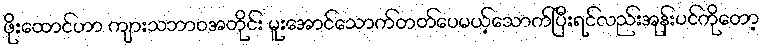
ဖိုးထောင်ဟာ ကျားသဘာဝအတိုင်း မူးအောင်သောက်တတ်ပေမယ့်သောက်ပြီးရင်လည်းအုန်းပင်ကိုတော့